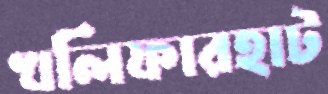
খলিফারহাট